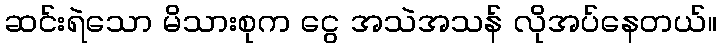
ဆင်းရဲသော မိသားစုက ငွေ အသဲအသန် လိုအပ်နေတယ်။